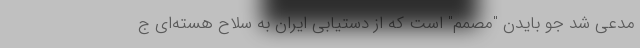
مدعی شد جو بایدن "مصمم" است که از دستیابی ایران به سلاح هسته‌ای ج